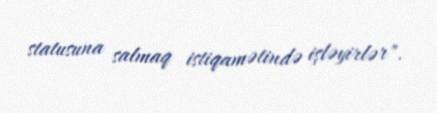
statusuna salmaq istiqamətində işləyirlər".